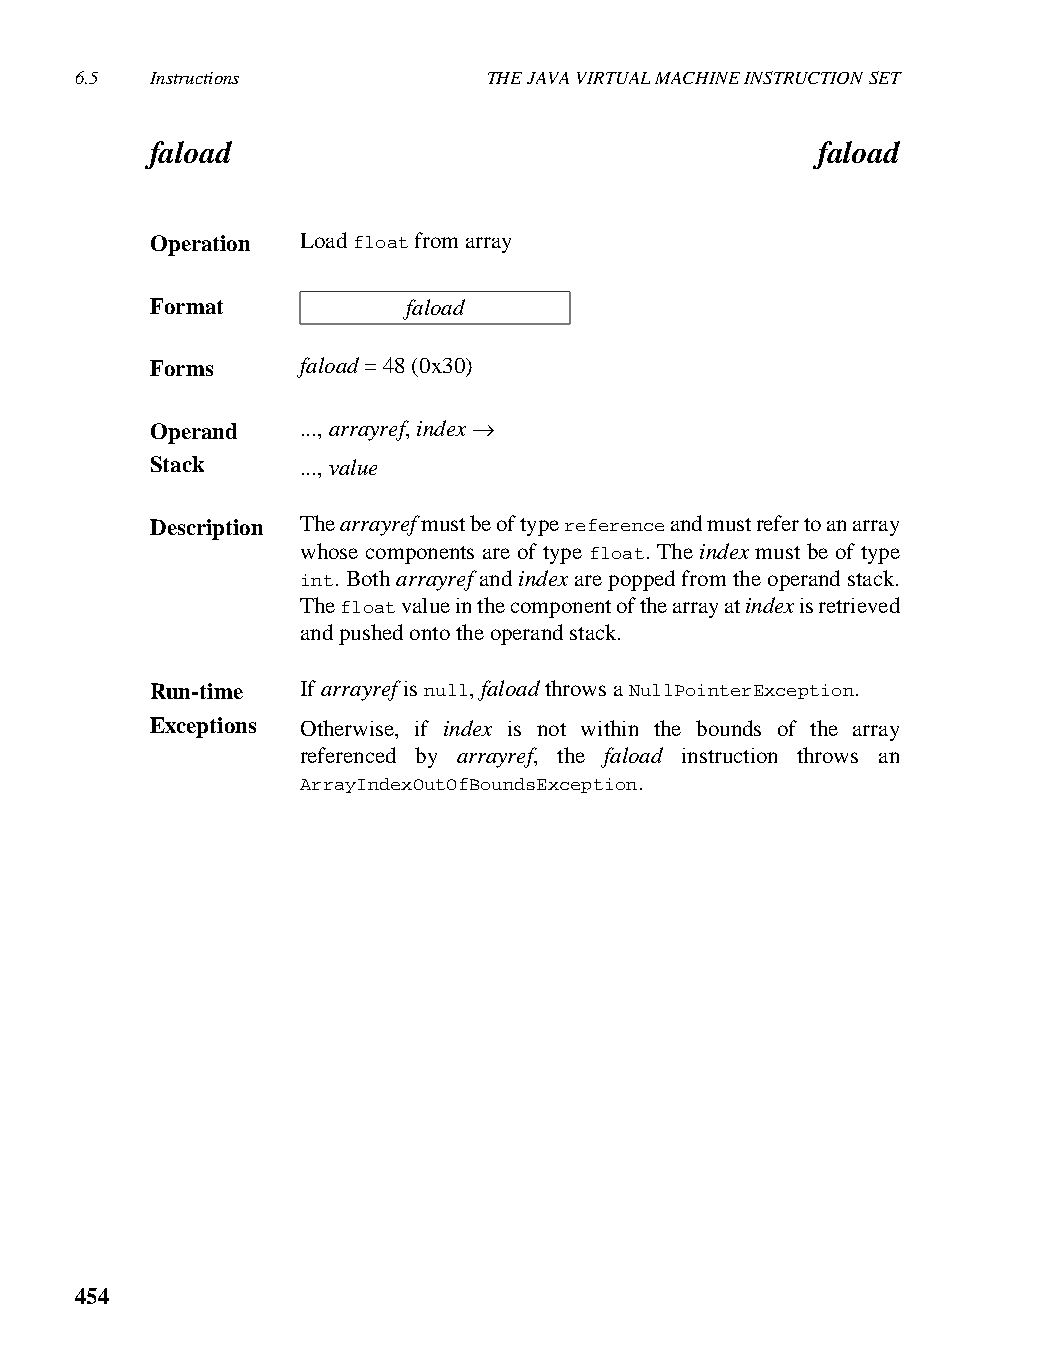
6.5  Instructions          THE JAVA VIRTUAL MACHINE INSTRUCTION SET
 faload                                      faload
 Operation Load float from array
 Format           faload
 Forms     faload = 48 (0x30)
 Operand   ..., arrayref, index →
 Stack     ..., value
 Description The arrayref must be of type reference and must refer to an array
 whose components are of type float. The index must be of type
 int. Both arrayref and index are popped from the operand stack.
 The float value in the component of the array at index is retrieved
 and pushed onto the operand stack.
 Run-time  If arrayref is null, faload throws a NullPointerException.
 Exceptions Otherwise, if index is not within the bounds of the array
 referenced by arrayref, the faload instruction throws an
 ArrayIndexOutOfBoundsException.
 454